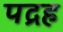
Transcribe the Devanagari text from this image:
पद्रह